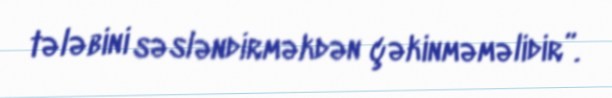
tələbini səsləndirməkdən çəkinməməlidir”.